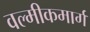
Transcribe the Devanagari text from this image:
वल्मीकमार्ग